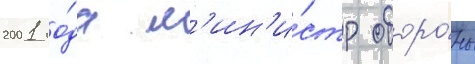
2001 го́да м'ин'и́стр оборо́ны